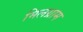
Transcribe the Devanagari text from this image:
मिलग्राम